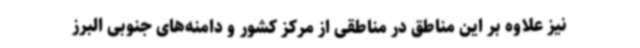
نیز علاوه بر این مناطق در مناطقی از مرکز کشور و دامنه‌های جنوبی البرز